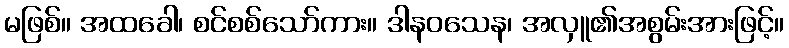
မဖြစ်။ အထခေါ၊ စင်စစ်သော်ကား။ ဒါနဝသေန၊ အလှူ၏အစွမ်းအားဖြင့်။